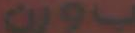
198